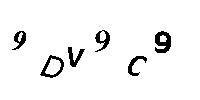
9DV9C9